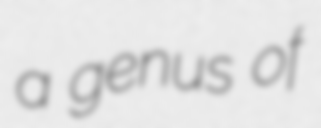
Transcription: a genus of